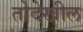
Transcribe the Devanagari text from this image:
तोदेखील